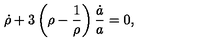
\dot { \rho } + 3 \left( \rho - \frac 1 { \rho } \right) \frac { \dot { a } } { a } = 0 ,